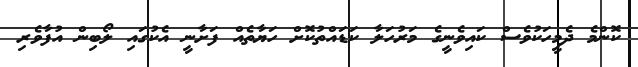
ކޮންމެ ދެމީހަކުވެސް ކައިވެނީގެ މަރުހަލާ ކަޑައްތުކޮށް ހަޔާތެއް ފަށާނީ އެކުގައި ލޯބިން އުފާވެރި